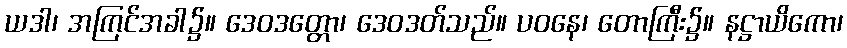
ယဒါ၊ အကြင်အခါ၌။ ဒေဝဒတ္တော၊ ဒေဝဒတ်သည်။ ပဝနေ၊ တောကြီး၌။ နဋ္ဌာယိကော၊